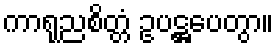
ကာရုညစိတ္တံ ဥပဋ္ဌပေတွာ။